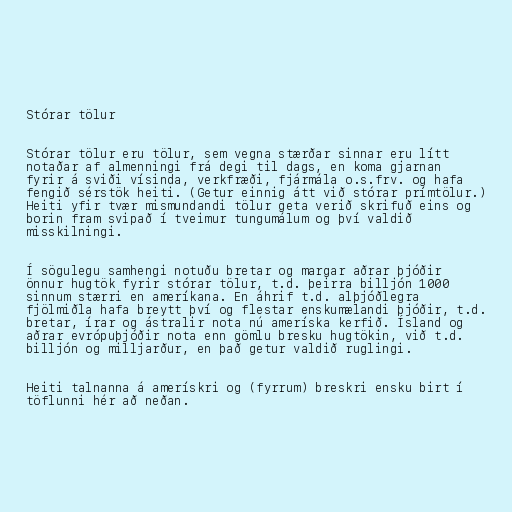
Stórar tölur

Stórar tölur eru tölur, sem vegna stærðar sinnar eru lítt
notaðar af almenningi frá degi til dags, en koma gjarnan
fyrir á sviði vísinda, verkfræði, fjármála o.s.frv. og hafa
fengið sérstök heiti. (Getur einnig átt við stórar prímtölur.)
Heiti yfir tvær mismundandi tölur geta verið skrifuð eins og
borin fram svipað í tveimur tungumálum og því valdið
misskilningi.

Í sögulegu samhengi notuðu bretar og margar aðrar þjóðir
önnur hugtök fyrir stórar tölur, t.d. þeirra billjón 1000
sinnum stærri en ameríkana. En áhrif t.d. alþjóðlegra
fjölmiðla hafa breytt því og flestar enskumælandi þjóðir, t.d.
bretar, írar og ástralir nota nú ameríska kerfið. Ísland og
aðrar evrópuþjóðir nota enn gömlu bresku hugtökin, við t.d.
billjón og milljarður, en það getur valdið ruglingi.

Heiti talnanna á amerískri og (fyrrum) breskri ensku birt í
töflunni hér að neðan.